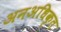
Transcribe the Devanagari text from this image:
अनअधिकृत